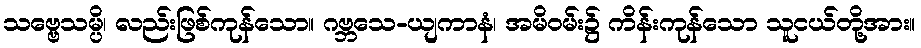
သဗ္ဗေသမ္ပိ၊ လည်းဖြစ်ကုန်သော။ ဂဗ္ဘသေ-ယျကာနံ၊ အမိဝမ်း၌ ကိန်းကုန်သော သူငယ်တို့အား။